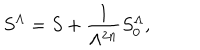
LaTeX: S ^ { \Lambda } = S + \frac { 1 } { \Lambda ^ { 2 n } } S _ { 0 } ^ { \Lambda } ,